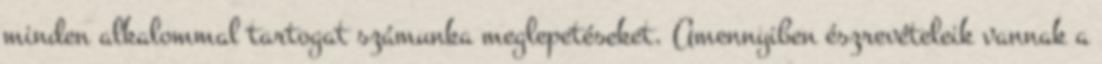
minden alkalommal tartogat számunka meglepetéseket. Amennyiben észrevételeik vannak a